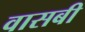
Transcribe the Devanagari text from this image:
वासबी